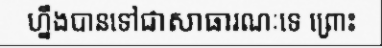
ហ្នឹងបានទៅជាសាធារណៈទេ ព្រោះ